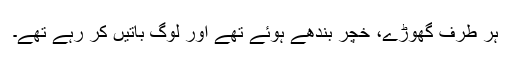
ہر طرف گھوڑے، خچر بندھے ہوئے تھے اور لوگ باتیں کر رہے تھے۔